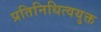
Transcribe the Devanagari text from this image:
प्रतिनिधित्वयुक्त